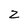
Character: 2